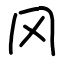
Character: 冈